65_HS1-834228961_62-HQ-83894_Section_5
Agency: FBI
Page 82
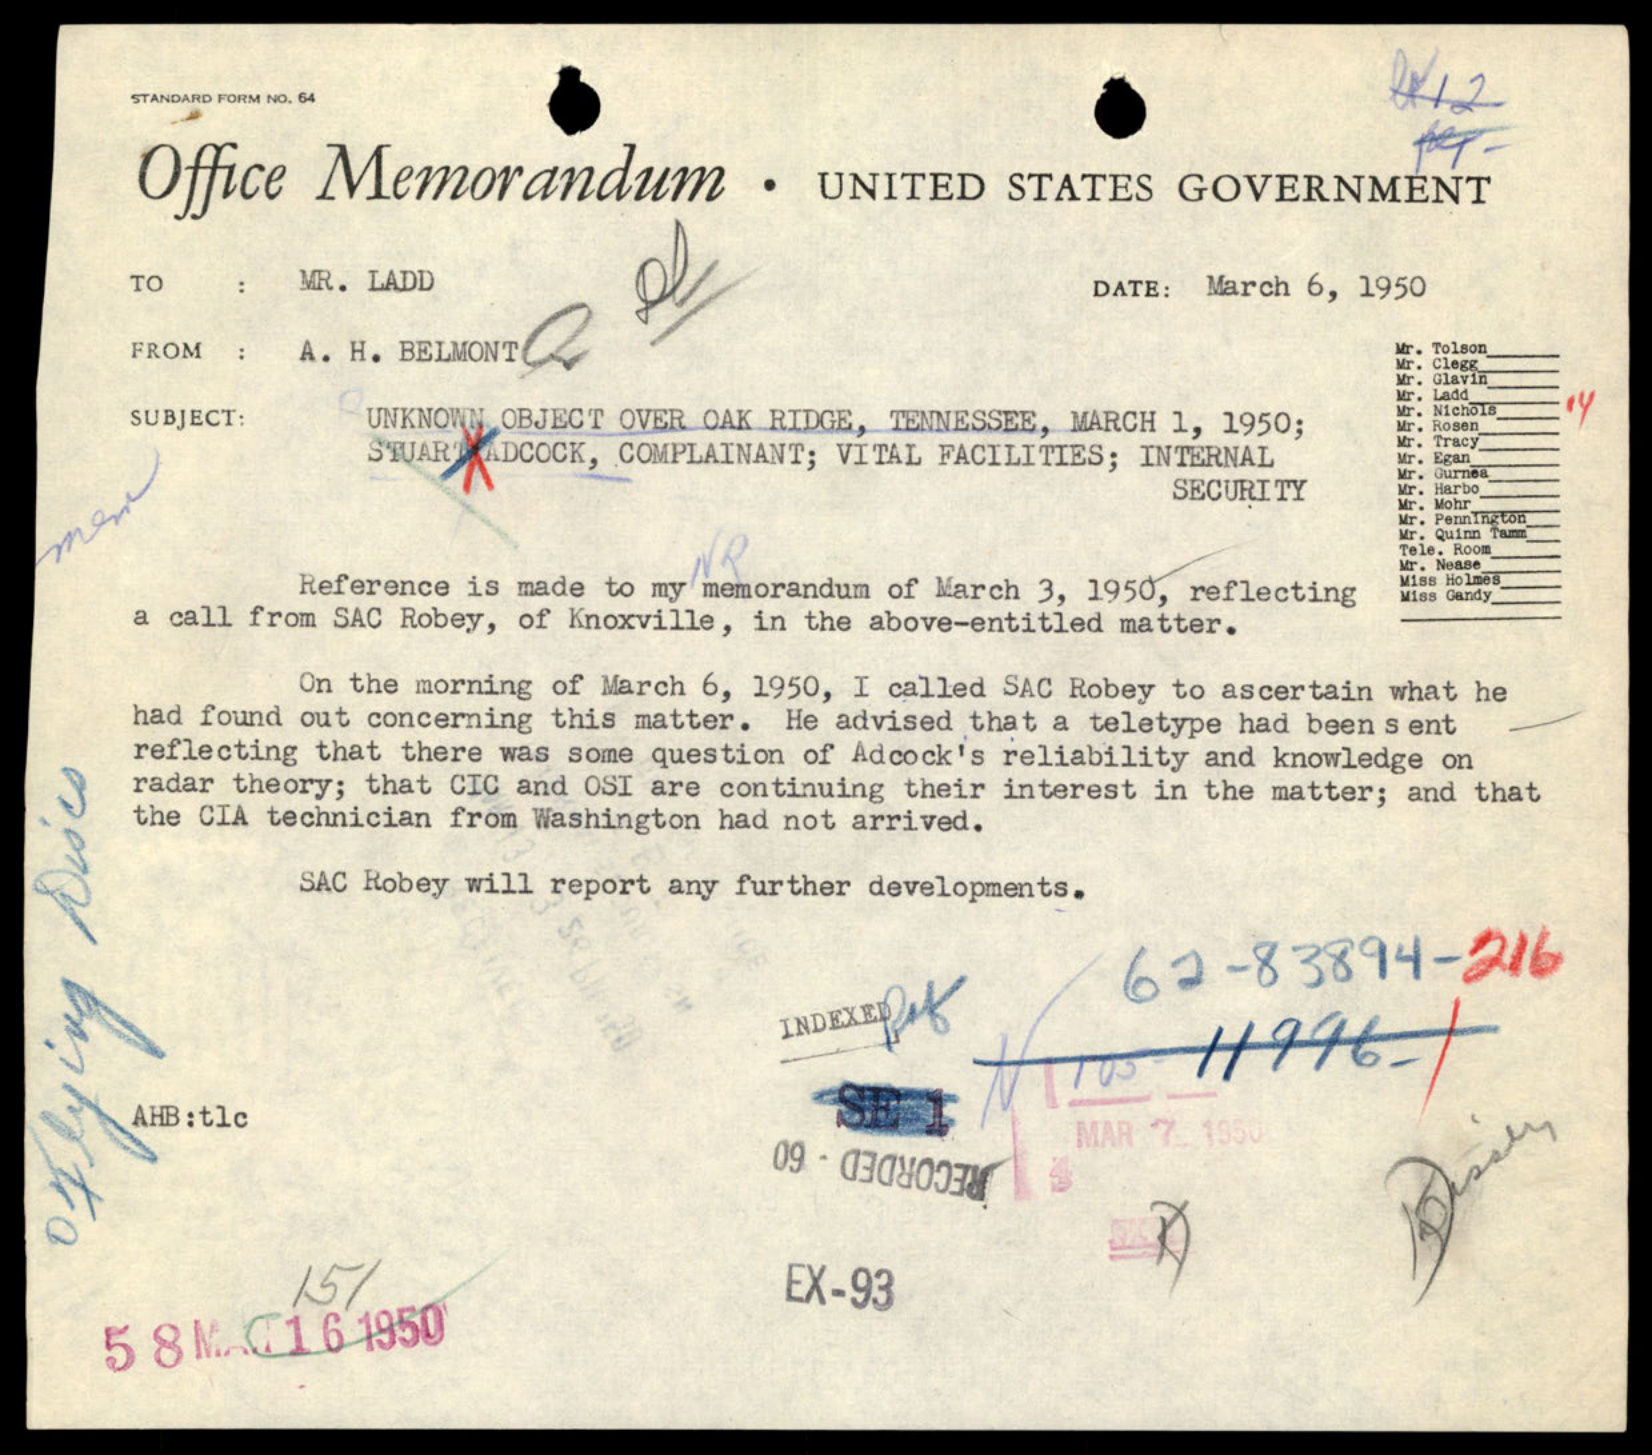